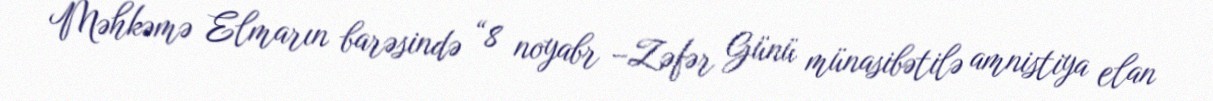
Məhkəmə Elmarın barəsində “8 noyabr –Zəfər Günü münasibətilə amnistiya elan